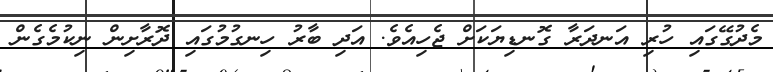
މެދުގޭގައި ހުރި އަނދަރާ ގޮނޑިޔަކަށް ޖެހިއެވެ. އަދި ބާރު ހިނގުމުގައި ދޮރާށިން ނިކުމެގެން